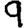
Digit: 9